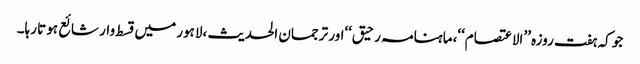
جو کہ ہفت روزہ ’’الاعتصام‘‘،ماہنامہ رحیق‘‘اور ترجمان الحدیث ،لاہور میں قسط وار شائع ہوتا رہا۔